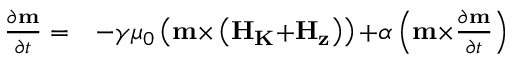
\begin{array} { l l } { \frac { { \partial } { \bf { m } } } { { \partial } t } = } & { - \gamma { \mu } _ { 0 } \left( { \bf { m } } { \times } \left( { \bf { { H } } } _ { \bf { { K } } } { + } { \bf { { H } } } _ { \bf { { z } } } \right) \right) { + } \alpha \left( { \bf { m } } { \times } \frac { { \partial } { \bf { m } } } { { \partial } t } \right) } \end{array}